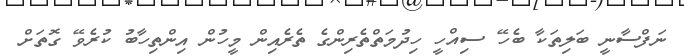
ނަފްސާނީ ބަލިތަކާ ބެހޭ ސިއްހީ ހިދުމަތްތެރިންގެ ތެރެއިން މީހުން އިންތިހާބު ކުރެވޭ ގޮތަށް